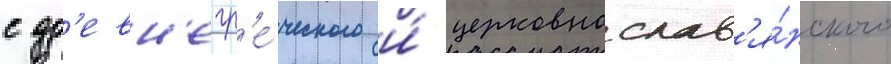
с др'евн'егр'е́ческого и́ церковнослав'я́нского